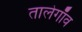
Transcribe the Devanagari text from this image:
तालेगाँव